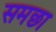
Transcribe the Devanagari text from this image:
समछा